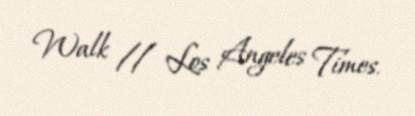
Walk // Los Angeles Times.